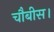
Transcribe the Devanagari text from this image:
चौबीस।